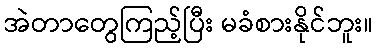
အဲတာတွေကြည့်ပြီး မခံစားနိုင်ဘူး။